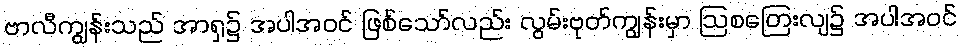
ဗာလီကျွန်းသည် အာရှ၌ အပါအဝင် ဖြစ်သော်လည်း လွမ်းဗုတ်ကျွန်းမှာ ဩစတြေးလျ၌ အပါအဝင်